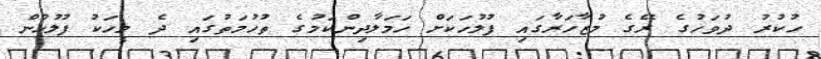
ހުކުރު ދުވަހުގެ ރޭގެ މުޒާހަރާގައި ފުލުހަކަށް ހަމަލާދިންކަމުގެ ތުހުމަތުގައި ދެ މީހަކު ފުލުހުން